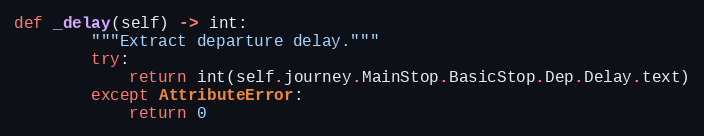
Language: Python
def _delay(self) -> int:
        """Extract departure delay."""
        try:
            return int(self.journey.MainStop.BasicStop.Dep.Delay.text)
        except AttributeError:
            return 0